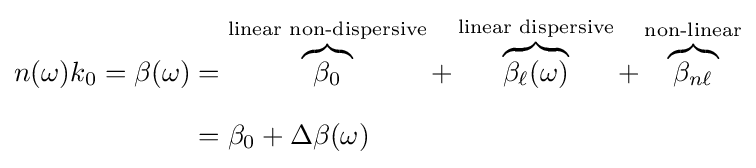
{\begin{aligned}n(\omega )k_{0}=\beta (\omega )&=\overbrace {\beta _{0}} ^{\text{linear non-dispersive}}+\overbrace {\beta _{\ell }(\omega )} ^{\text{linear dispersive}}+\overbrace {\beta _{n\ell }} ^{\text{non-linear}}\\[8pt]&=\beta _{0}+\Delta \beta (\omega )\end{aligned}}